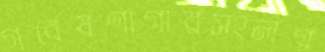
গবেষণাগারসংলগ্ন